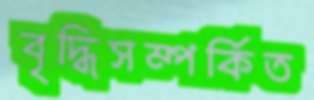
বৃদ্ধিসম্পর্কিত